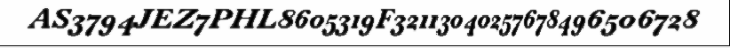
AS3794JEZ7PHL8605319F32113040257678496506728